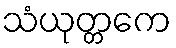
သံယုတ္တကေ